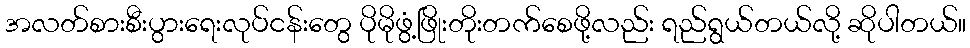
အလတ်စားစီးပွားရေးလုပ်ငန်းတွေ ပိုမိုဖွံ့ဖြိုးတိုးတက်စေဖို့လည်း ရည်ရွယ်တယ်လို့ ဆိုပါတယ်။